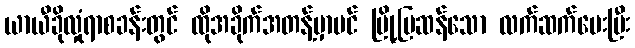
ယာယီခိုလှုံရာစခန်းတွင် ထိုအခိုက်အတန့်မှာပင် မြို့ပြဆန်သော လက်ဆက်ပေးပြီး